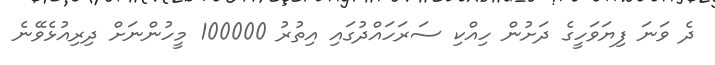
ދެ ވަނަ ފިޔަވަހީގެ ދަށުން ހިއްކި ސަރަހައްދުގައި އިތުރު 100000 މީހުންނަށް ދިރިއުޅެވޭނެ